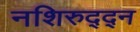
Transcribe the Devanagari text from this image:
नशिरुद्द्न